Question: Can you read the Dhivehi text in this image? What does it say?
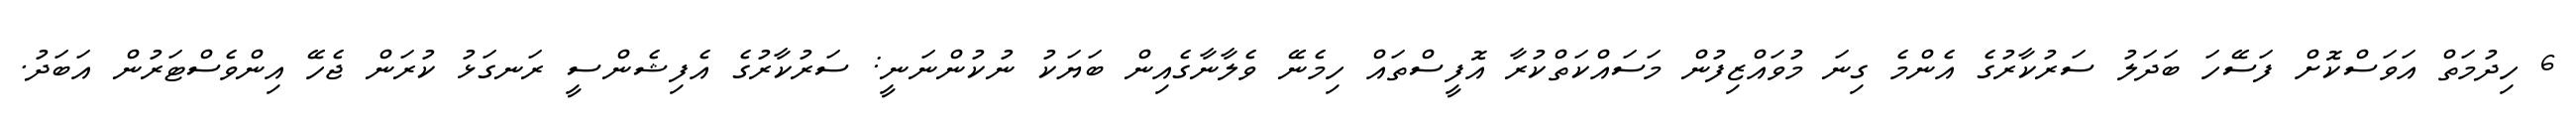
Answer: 6 ހިދުމަތް އަވަސްކޮށް ފަސޭހަ ބަދަލު ސަރުކާރުގެ އެންމެ ގިނަ މުވައްޒިފުން މަސައްކަތްކުރާ އޮފީސްތައް ހިމެނޭ ވެލާނާގެއިން ބަޔަކު ނުކުންނަނީ: ސަރުކާރުގެ އެފިޝެންސީ ރަނގަޅު ކުރަން ޖެހޭ އިންވެސްޓަރުން އަބަދު.